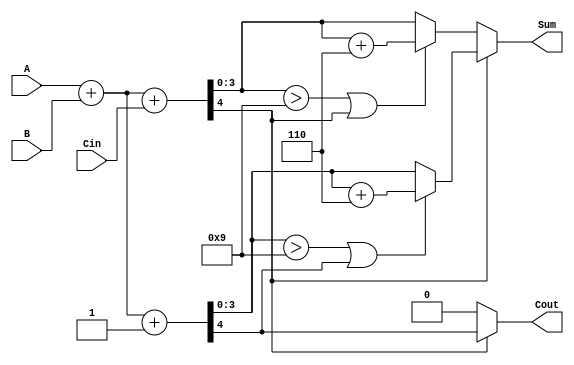
module BCD_MCSA (
    input  wire [3:0] A,      // BCD input A
    input  wire [3:0] B,      // BCD input B
    input  wire Cin,          // Carry-in input
    output reg  [3:0] Sum,    // BCD output Sum
    output reg  Cout          // Carry-out output
);

    wire [4:0] Sum0;          // Sum when carry is 0
    wire [4:0] Sum1;          // Sum when carry is 1
    wire Cout0;               // Carry-out for Sum0
    wire Cout1;               // Carry-out for Sum1
    
    // Initial Addition
    assign Sum0 = A + B + Cin; // Sum with carry-in
    assign Cout0 = Sum0[4];    // Carry-out from Sum0
    
    assign Sum1 = A + B + 1'b1; // Sum with carry-in = 1
    assign Cout1 = Sum1[4];     // Carry-out from Sum1

    // BCD Correction Logic
    wire [4:0] CorrectedSum0 = (Sum0[3:0] > 4'd9 || Cout0) ? (Sum0 + 5'd6) : Sum0;
    wire [4:0] CorrectedSum1 = (Sum1[3:0] > 4'd9 || Cout1) ? (Sum1 + 5'd6) : Sum1;

    // Multiplexer to select final output
    always @(*) begin
        if (Cout0) begin
            Sum = CorrectedSum1[3:0];
            Cout = Cout1;
        end else begin
            Sum = CorrectedSum0[3:0];
            Cout = Cout0;
        end
    end

endmodule